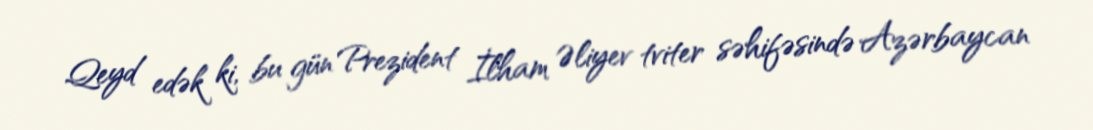
Qeyd edək ki, bu gün Prezident İlham Əliyev tviter səhifəsində Azərbaycan